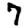
Digit: 7